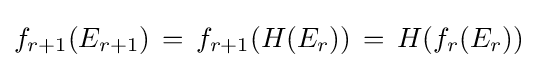
f_{r+1}(E_{r+1})\,=\,f_{r+1}(H(E_{r}))\,=\,H(f_{r}(E_{r}))